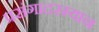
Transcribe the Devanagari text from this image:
प्रसंगादरम्यान